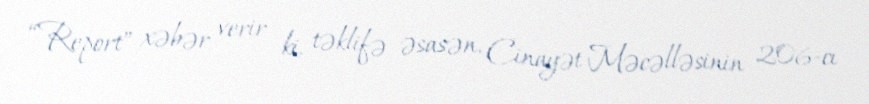
“Report” xəbər verir ki, təklifə əsasən, Cinayət Məcəlləsinin 206-cı